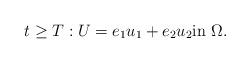
LaTeX: \begin{align*} t\geq T:U= e_1u_1 + e_2u_2\hbox{in } \Omega. \end{align*}